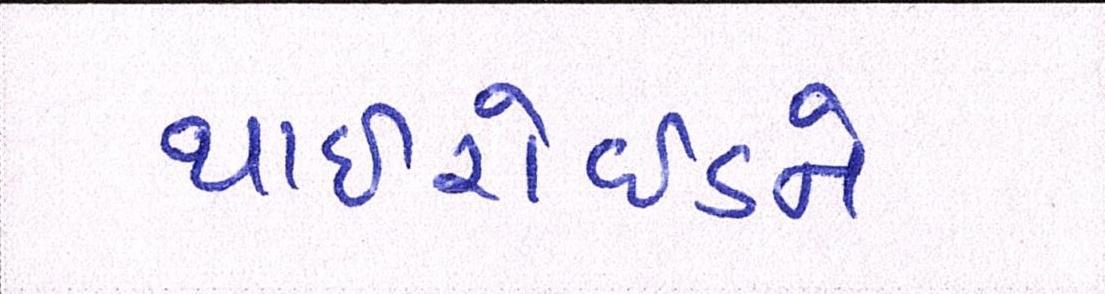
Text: થાઈરોઈડને